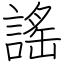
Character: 謠